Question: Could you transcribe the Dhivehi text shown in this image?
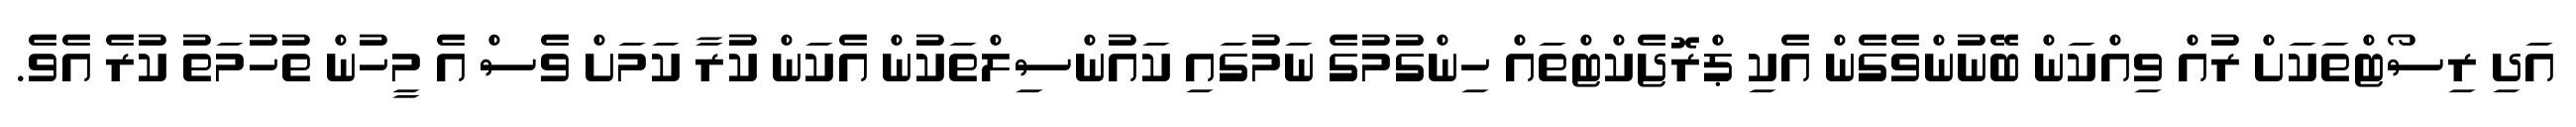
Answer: އަދި ރިސޯޓްތަކަށް ރުއް ވިއްކަން ބޭނުންވެގެން އެކި ޕްރޮޖެކްޓްތައް ހިންގުމުގެ ނަމުގައި ކައުންސިލްތަކުން އެކަން ކުރާ ކަމަށް ވެސް އެ މީހުން ތުހުމަތު ކުރެ އެވެ.